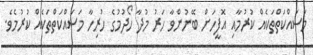
މަސައްކަތްތަކެއް ކުރުމާއި އޮފީހަށް ބޭނުންވާ ހަރު މުދާ ހޯދުމުގެ ހުރިހާ މަސައްކަތްތަކެއް ކުރުމެވެ.